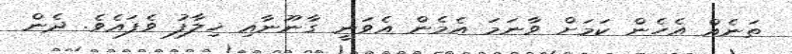
ތަނެއް އެހެން ކަމަށް ވާނަމަ އެމެން އެވަނީ ގާނޫނާއި ޚިލާފު ވެފައެވެ. ދެން